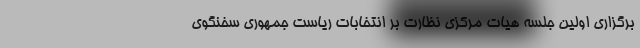
برگزاری اولین جلسه هیات مرکزی نظارت بر انتخابات ریاست جمهوری سخنگوی